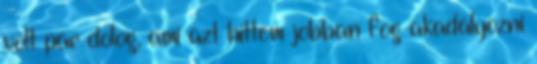
volt pár dolog, ami azt hittem jobban fog akadályozni